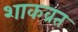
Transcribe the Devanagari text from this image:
शाकव्रत